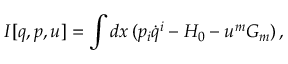
I [ q , p , u ] = \int d x \, ( p _ { i } \dot { q } ^ { i } - H _ { 0 } - u ^ { m } G _ { m } ) \, ,